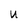
Character: U